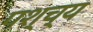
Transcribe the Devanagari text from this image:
पश्च्य